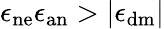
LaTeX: \epsilon_{\mathrm{ne}}\epsilon_{\mathrm{an}}>|\epsilon_{\mathrm{dm}}|